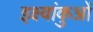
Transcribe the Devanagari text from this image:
इक्ष्वांकुओं